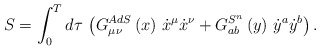
\begin{align*}S=\int_0^Td\tau \,\left( G_{\mu \nu }^{AdS}\left( x\right) \,\dot{x}^\mu \dot{x}^\nu +G_{ab}^{S^n}\left( y\right) \,\dot{y}^a\dot{y}^b\right) .\end{align*}